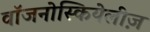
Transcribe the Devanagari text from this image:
वॉजनोस्कियेलीज़